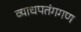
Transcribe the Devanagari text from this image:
व्याधपतंगगण